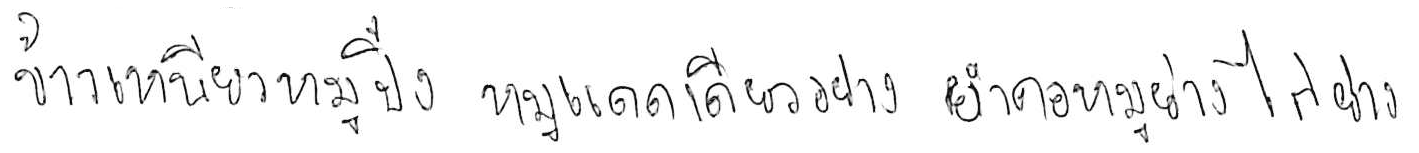
ข้าวเหนียวหมูปิ้ง หมูแดดเดียวย่าง ยำคอหมูย่าง ไก่ย่าง